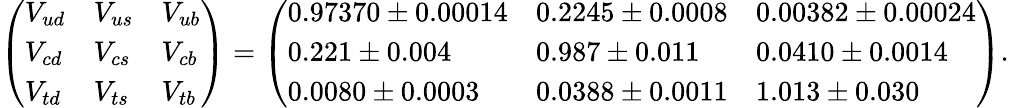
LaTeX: \begin{array}{r}{\left(\begin{array}{lll}{V_{ud}}&{V_{us}}&{V_{ub}}\\ {V_{cd}}&{V_{cs}}&{V_{cb}}\\ {V_{td}}&{V_{ts}}&{V_{tb}}\end{array}\right)=\left(\begin{array}{lll}{0.97370\pm 0.00014}&{0.2245\pm 0.0008}&{0.00382\pm 0.00024}\\ {0.221\pm 0.004}&{0.987\pm 0.011}&{0.0410\pm 0.0014}\\ {0.0080\pm 0.0003}&{0.0388\pm 0.0011}&{1.013\pm 0.030}\end{array}\right).}\end{array}